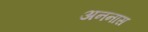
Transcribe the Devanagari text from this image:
अननास